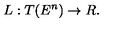
L : T ( E ^ { n } ) \rightarrow R .